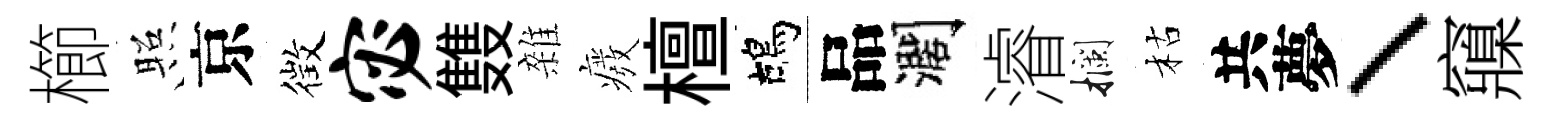
櫛照京徴宓䨇雜癈檀鴣品濶濬攔枯共夢、䆿